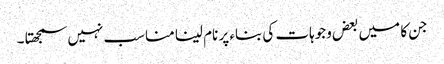
جن کا میں بعض وجوہات کی بناء پر نام لینا مناسب نہیں سمجھتا ۔